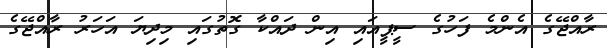
ރާއްޖޭގެ އެންމެ ފަހުގެ ސީޕީއައި އިން ދައްކާ ގޮތުގައި މިދިޔަ އަހަރު ރާއްޖޭގެ